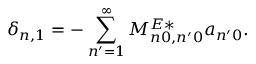
\delta _ { n , 1 } = - \sum _ { n ^ { \prime } = 1 } ^ { \infty } M _ { n 0 , n ^ { \prime } 0 } ^ { E * } a _ { n ^ { \prime } 0 } .